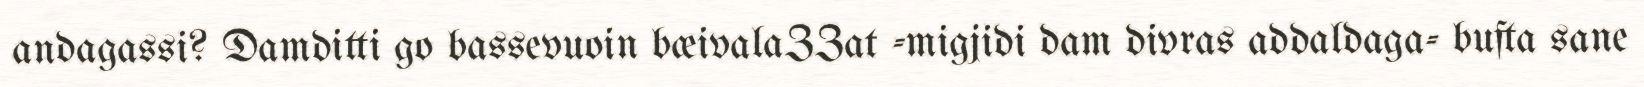
andagassi? Damditti go bassevuoin bæivalaZZat -migjidi dam divras addaldaga- bufta sane